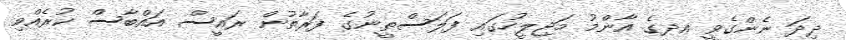
ދިދަ ނެންގެވީ އދގެ އާންމު މަޖިލީހުގައި ފަލަސްތީނުގެ ފަރާތުން ރައީސް އައްބާސް ކުރެއްވި